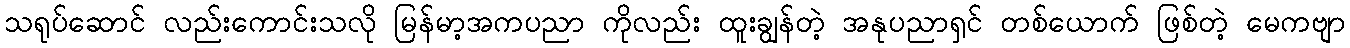
သရုပ်ဆောင် လည်းကောင်းသလို မြန်မာ့အကပညာ ကိုလည်း ထူးချွန်တဲ့ အနုပညာရှင် တစ်ယောက် ဖြစ်တဲ့ မေကဗျာ